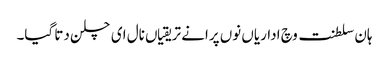
ہان سلطنت وچ اداریاں نوں پرانے تریقیاں نال ای چلن دتا گیا۔